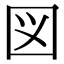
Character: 図